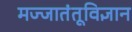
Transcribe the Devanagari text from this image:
मज्जातंतूविज्ञान